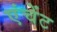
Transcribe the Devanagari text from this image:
एंचेंट